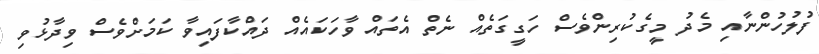
ފުލުހުންނާއި މެދު މީގެކުރިންވެސް ހަގީގަތެއް ނެތް އެތައް ވާހަކައެއް ދައްކާފައިވާ ކަމަށްވެސް ވިދާޅުވި